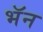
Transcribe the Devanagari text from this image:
भॅन